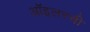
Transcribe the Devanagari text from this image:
ऑइलरची